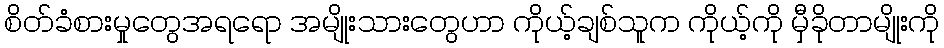
စိတ်ခံစားမှုတွေအရရော အမျိုးသားတွေဟာ ကိုယ့်ချစ်သူက ကိုယ့်ကို မှီခိုတာမျိုးကို